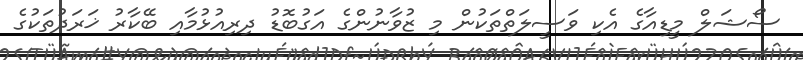
ސޯޝަލް މީޑިއާގެ އެކި ވަސީލަތްތަކުން މި ޒުވާނުންގެ އަގުބޮޑު ދިރިއުޅުމާއި ބޭކާރު ޚަރަދުތަކުގެ